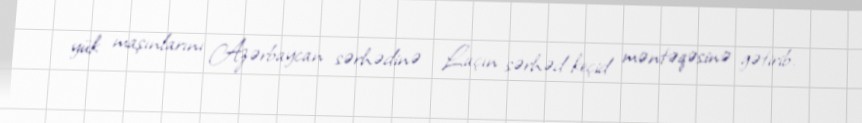
yük maşınlarını Azərbaycan sərhədinə - Laçın sərhəd-keçid məntəqəsinə gətirib.